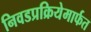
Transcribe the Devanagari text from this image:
निवडप्रक्रियेमार्फत